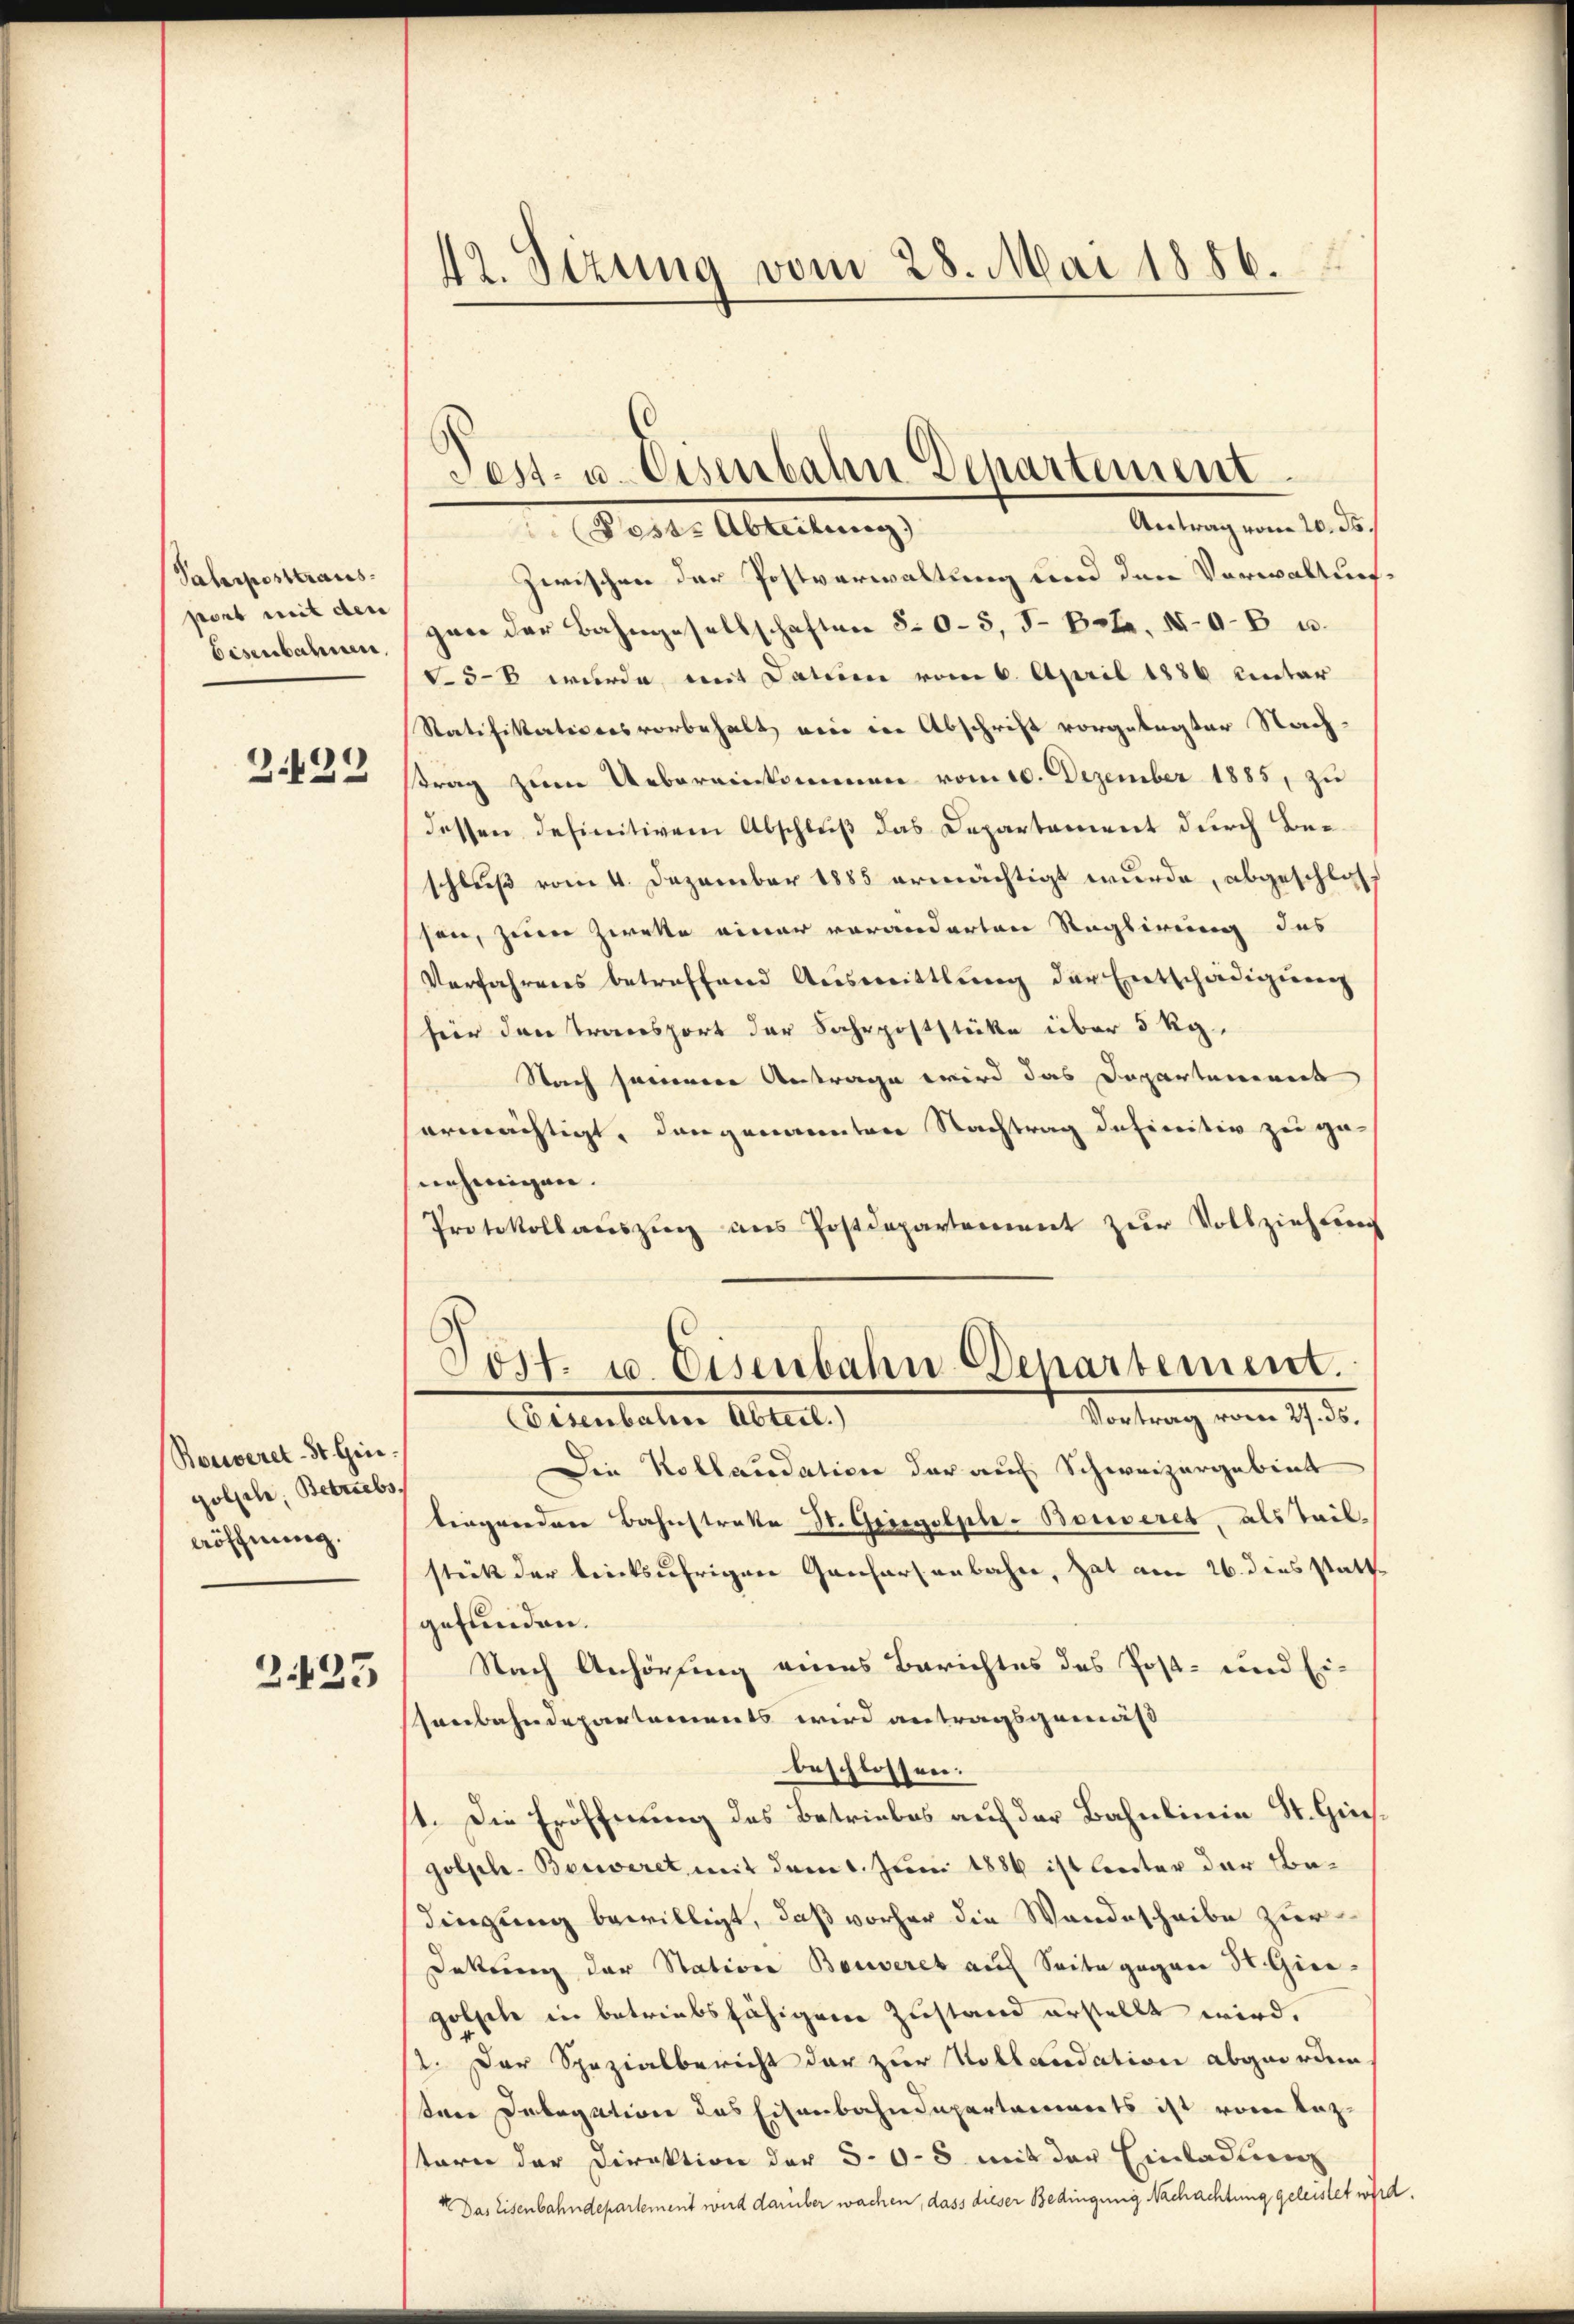
Pahrposttraus
port mit der
Bisenbahnen.

)
242

Rousseret-St. Gin
Holfele, Betriebs
Aöfchnung.

2.423

42. Sizung vom 28. Mai 1886.

Post- u. Eisenbahn Departement
Antrag vom 20. ds.
ect. Abteilung

Zwischen der Postverwaltung und den Verwaltungan der Bahngesellschaften 505, J. Betr. d. B. u.
5-8 wurde mit Datum vom 6. April 1886 unter
Ratifikationes vorbehalt eine in Abschrift vorgelegter Nachtrag zum Uebereinkommen vom 10. Dezember 1885, zu
dessen definitivem Abschluß das Departament durch Beschluß vom 4. Dezember 1885 ermächtigt wurde, abgeschlaf
sen, zum Zweke einer veränderten Reglirung des
Verfahrens betreffend Aŭsmittlung der Entschädigŭng
feir den Transport der Fahrpoststücke über 3 kg
Nach sonnere Antrage wird das Departement
ermächtigt, dangenannten Nachtrag definitiv zu ge-
nehmigen.
Protokoll aŭszŭg ans Postdepartement zŭr Vollziehung
Post. u. Eisenbahn-Departement.
Vartung vom 1932.
Eisenbahne Abteil.)
Die Kollaudation der auch Schweizergebiet
bingenden Bahnstrakte St. Gregolple-Bonseret, als Teil.
stück der trinksufrigen Gantarsenbahre, hat am 26. dies stattgefunden.
Nach Anhörfing eines Berichtes das Post- und Ein
senbahndepartements wird antragsgemäß
beschlossen:
1. Die Eröffnung des Betriebes auf der Bahnlinie St. Hinsgolple-Bereiret mit dem 1. Juni 1886 ist leiter der Bedingung bewilligt, daß vorher die Wandescheibe zur
Dekung der Station Bauveret auf Seite gegen St. Gier¬
Holfele in betriebsfähigene Zustand erstellt wird.
1. Der Spezialbericht der zur Kollaudation abgeorden
tene Delegation des Eisenbahndepartements ist vom Lazterer der Direktion der 5.0-8 mit der Einladung
 Das Eisenbahndepartement wird darüber wachen, dass dieser Bedingung Nachachtung geleistet wird.